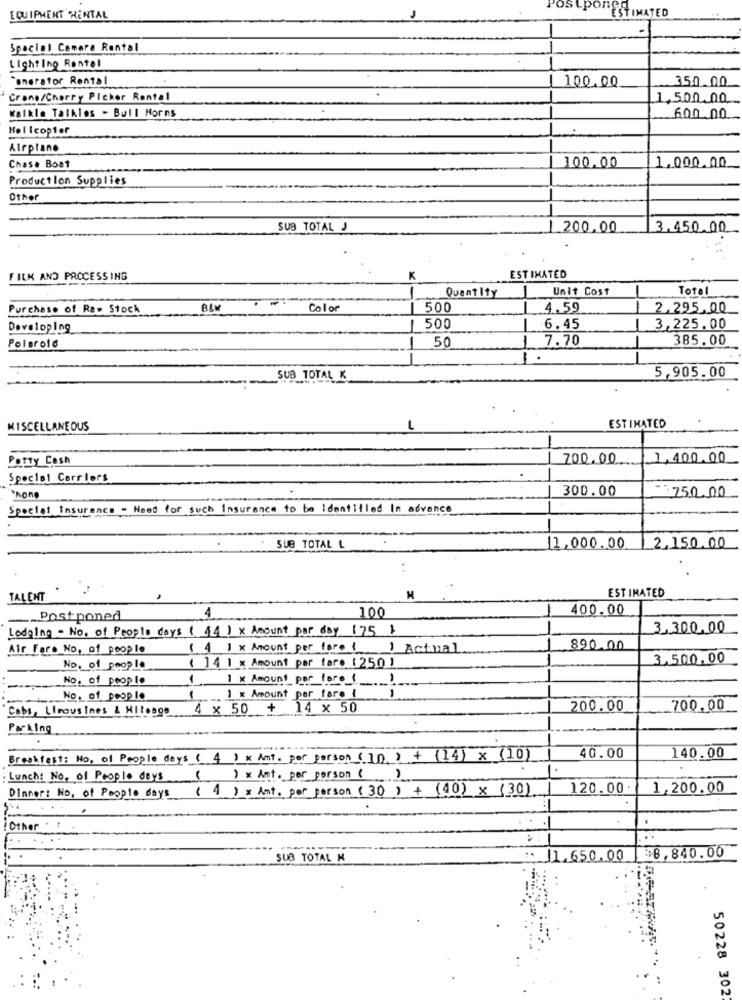
EQUIPMENT RENTAL
PostponESTIMATED
Spacial Camera Rental
Light Ing Rental
onerstor Rental
100.00
350.00
Crane/Cherry Picker Rental
1,500.00
Kalkle Talkles - Bull Horns
600.00
Helicopter
Airplane
100.00
Chase Boat
1,000.00
Production Supplies
Other
SUB TOTAL J
200.00
3.450.00
FILK AND PROCESSING
K
ESTIMATED
QuantIty
Unit Cost
Total
Purchase of Raw Stock
Color
500
4.59
-
2.295,00
Developing
500
-
6.45
3,225.00
50
1
7.70
385.00
Polaroid
1.
SUB TOTAL K
5,905.00
ESTIMATED
MISCELLANEOUS
L
Petty Cash
700.00.
1,400.00
Special Carrlors
300.00
Phone
250.00
Special Insurance - Need for such Insurance to be identified In advance
-
SUB TOTAL L
11.000.00
2.150.00
ESTIMATED
TALENT
100
400.00
.Postponed
4
Lodging - No. of People days ( 14 ) x Amount per day 175 )
3,300,00
Air Fare No, of people
( 4 ) x Amount per fare ( ) Actual
890.00
3,500.00
No. of people
( 14 1 x Amount per fare [ 250 )
No. of people
1 1 x Amount per fare ()
No. of people
1
1 x Amount per fare i
Cobs, Limousines & HItosgo
4 × 50 + 14 x 50
200.00
700.00
Parking
Breakfest: No. of People days ( 4 ) x Ant. per person (10) + (14) x (10)
40.00
140.00
Lunch: No. of People days
( ) x Ant. per person ()
Dinner: No, of People days ( 4 ) × Ant. per person ( 30 ) + (40) × (30) 1
120.00.
1,200.00
! Other
.
SUB TOTAL H
11.650.00
$8,840.00
50228 302